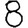
Digit: 8